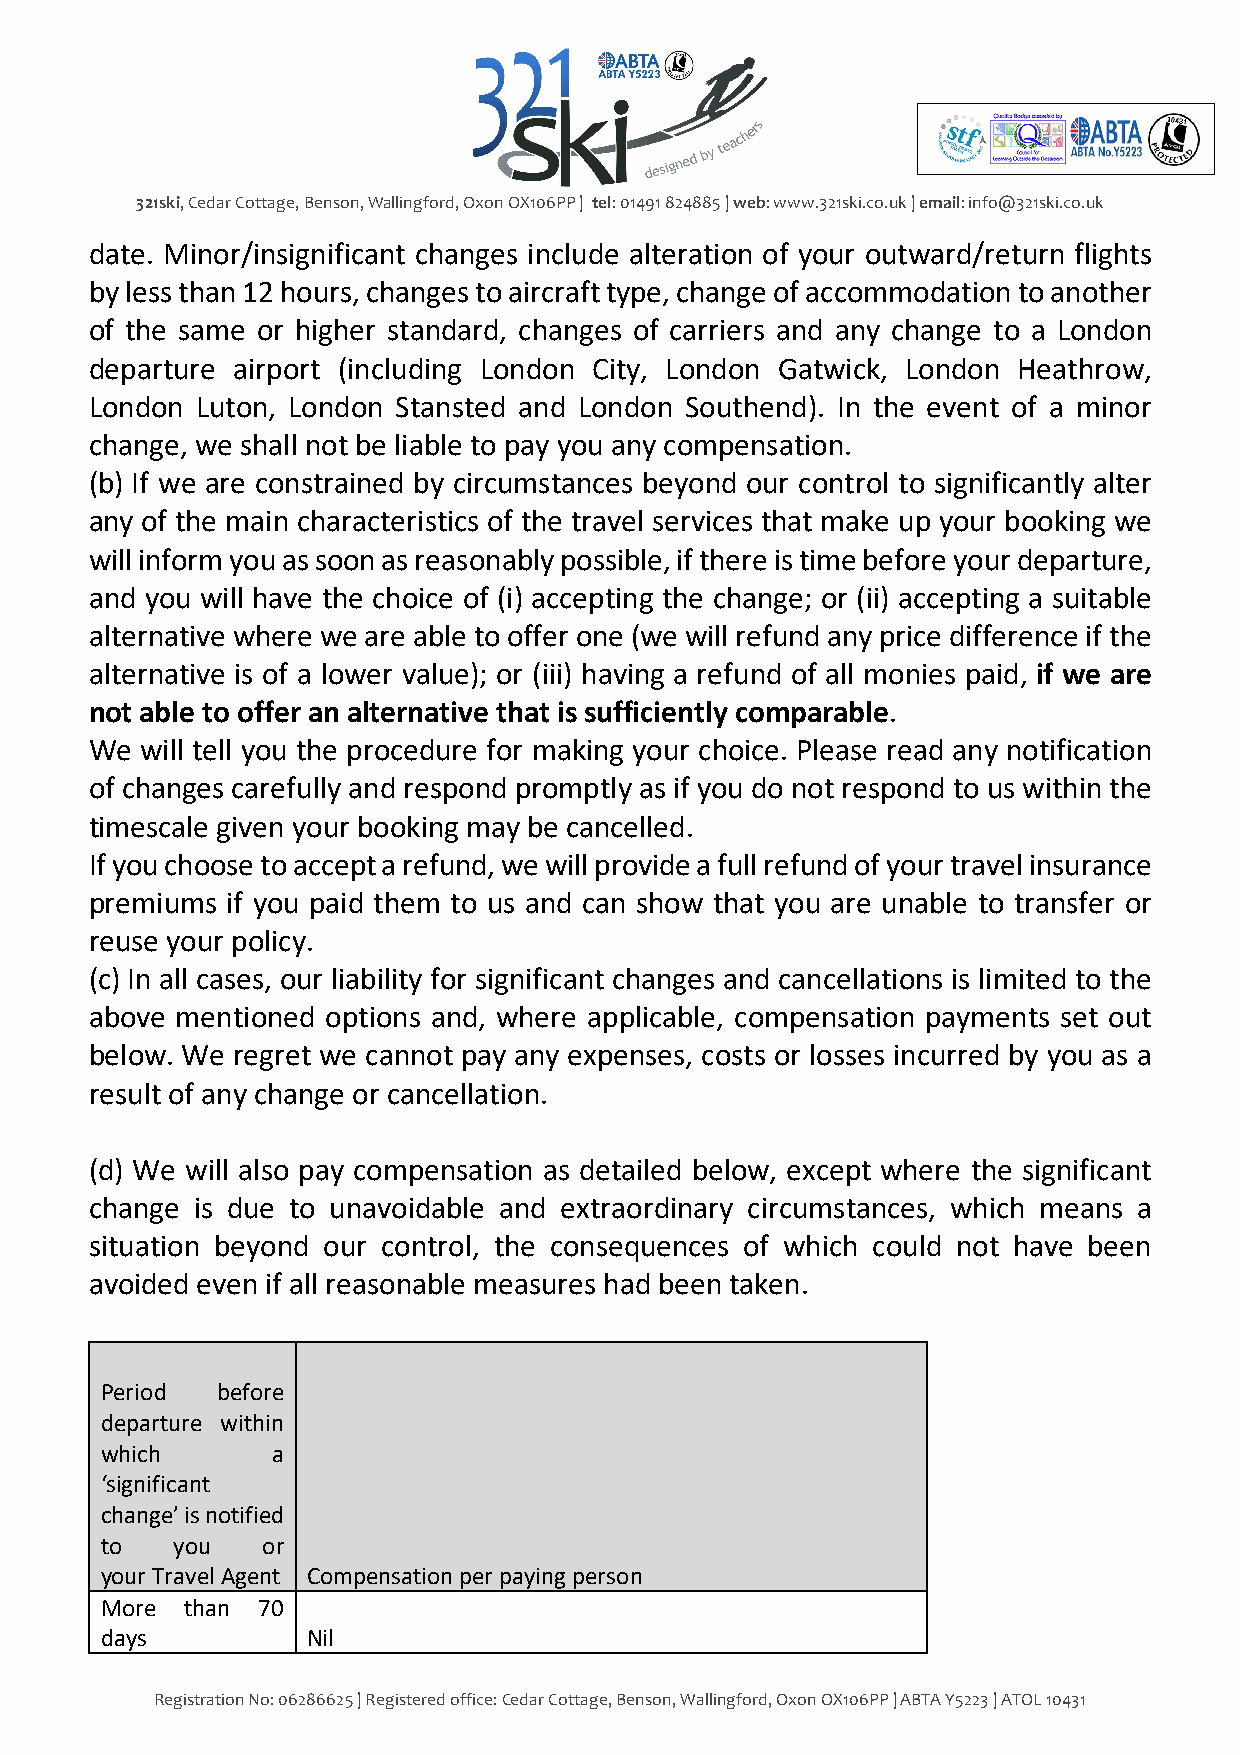
321ski, Cedar Cottage, Benson, Wallingford, Oxon OX106PP | tel: 01491 824885 | web: www.321ski.co.uk | email: info@321ski.co.uk
 date. Minor/insignificant changes include alteration of your outward/return flights
 by less than 12 hours, changes to aircraft type, change of accommodation to another
 of the same or higher standard, changes of carriers and any change to a London
 departure airport (including London City, London Gatwick, London Heathrow,
 London Luton, London Stansted and London Southend). In the event of a minor
 change, we shall not be liable to pay you any compensation.
 (b) If we are constrained by circumstances beyond our control to significantly alter
 any of the main characteristics of the travel services that make up your booking we
 will inform you as soon as reasonably possible, if there is time before your departure,
 and you will have the choice of (i) accepting the change; or (ii) accepting a suitable
 alternative where we are able to offer one (we will refund any price difference if the
 alternative is of a lower value); or (iii) having a refund of all monies paid, if we are
 not able to offer an alternative that is sufficiently comparable.
 We will tell you the procedure for making your choice. Please read any notification
 of changes carefully and respond promptly as if you do not respond to us within the
 timescale given your booking may be cancelled.
 If you choose to accept a refund, we will provide a full refund of your travel insurance
 premiums if you paid them to us and can show that you are unable to transfer or
 reuse your policy.
 (c) In all cases, our liability for significant changes and cancellations is limited to the
 above mentioned options and, where applicable, compensation payments set out
 below. We regret we cannot pay any expenses, costs or losses incurred by you as a
 result of any change or cancellation.
 (d) We will also pay compensation as detailed below, except where the significant
 change is due to unavoidable and extraordinary circumstances, which means a
 situation beyond our control, the consequences of which could not have been
 avoided even if all reasonable measures had been taken.
 Period before
 departure within
 which      a
 ‘significant
 change’ is notified
 to  you   or
 your Travel Agent Compensation per paying person
 More than 70
 days         Nil
 Registration No: 06286625 | Registered office: Cedar Cottage, Benson, Wallingford, Oxon OX106PP | ABTA Y5223 | ATOL 10431